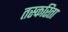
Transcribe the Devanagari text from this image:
तस्करिता